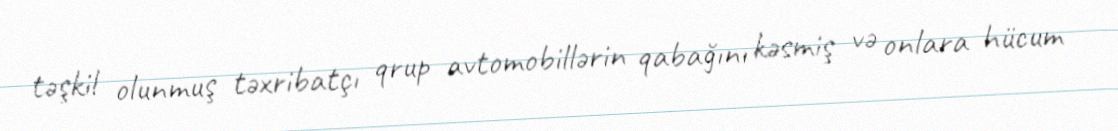
təşkil olunmuş təxribatçı qrup avtomobillərin qabağını kəsmiş və onlara hücum